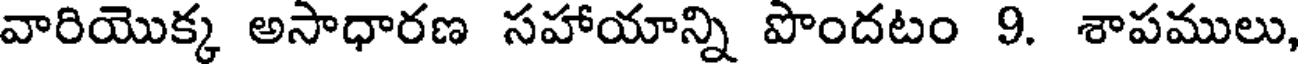
వారియొక్క అసాధారణ సహాయాన్ని పొందటం 9. శాపములు,